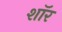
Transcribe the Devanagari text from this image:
शाॅर